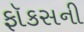
ફૉકસની